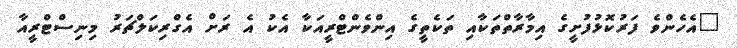
"އެހެންވެ ފަރުކޮޅުފުށީގެ އިމާރާތްތަކާއި ތަކެތީގެ އިންވެންޓްރީއަކާ އެކު އެ ރަށް އެގްރިކަލްޗަރު މިނިސްޓްރީއާ